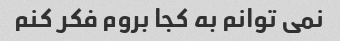
نمی توانم به کجا بروم فکر کنم